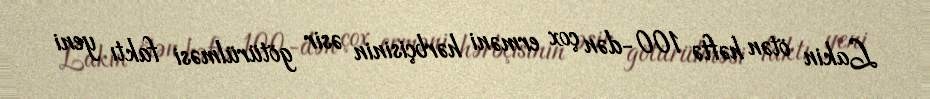
Lakin ötən həftə 100-dən çox erməni hərbçisinin əsir götürülməsi faktı yeni